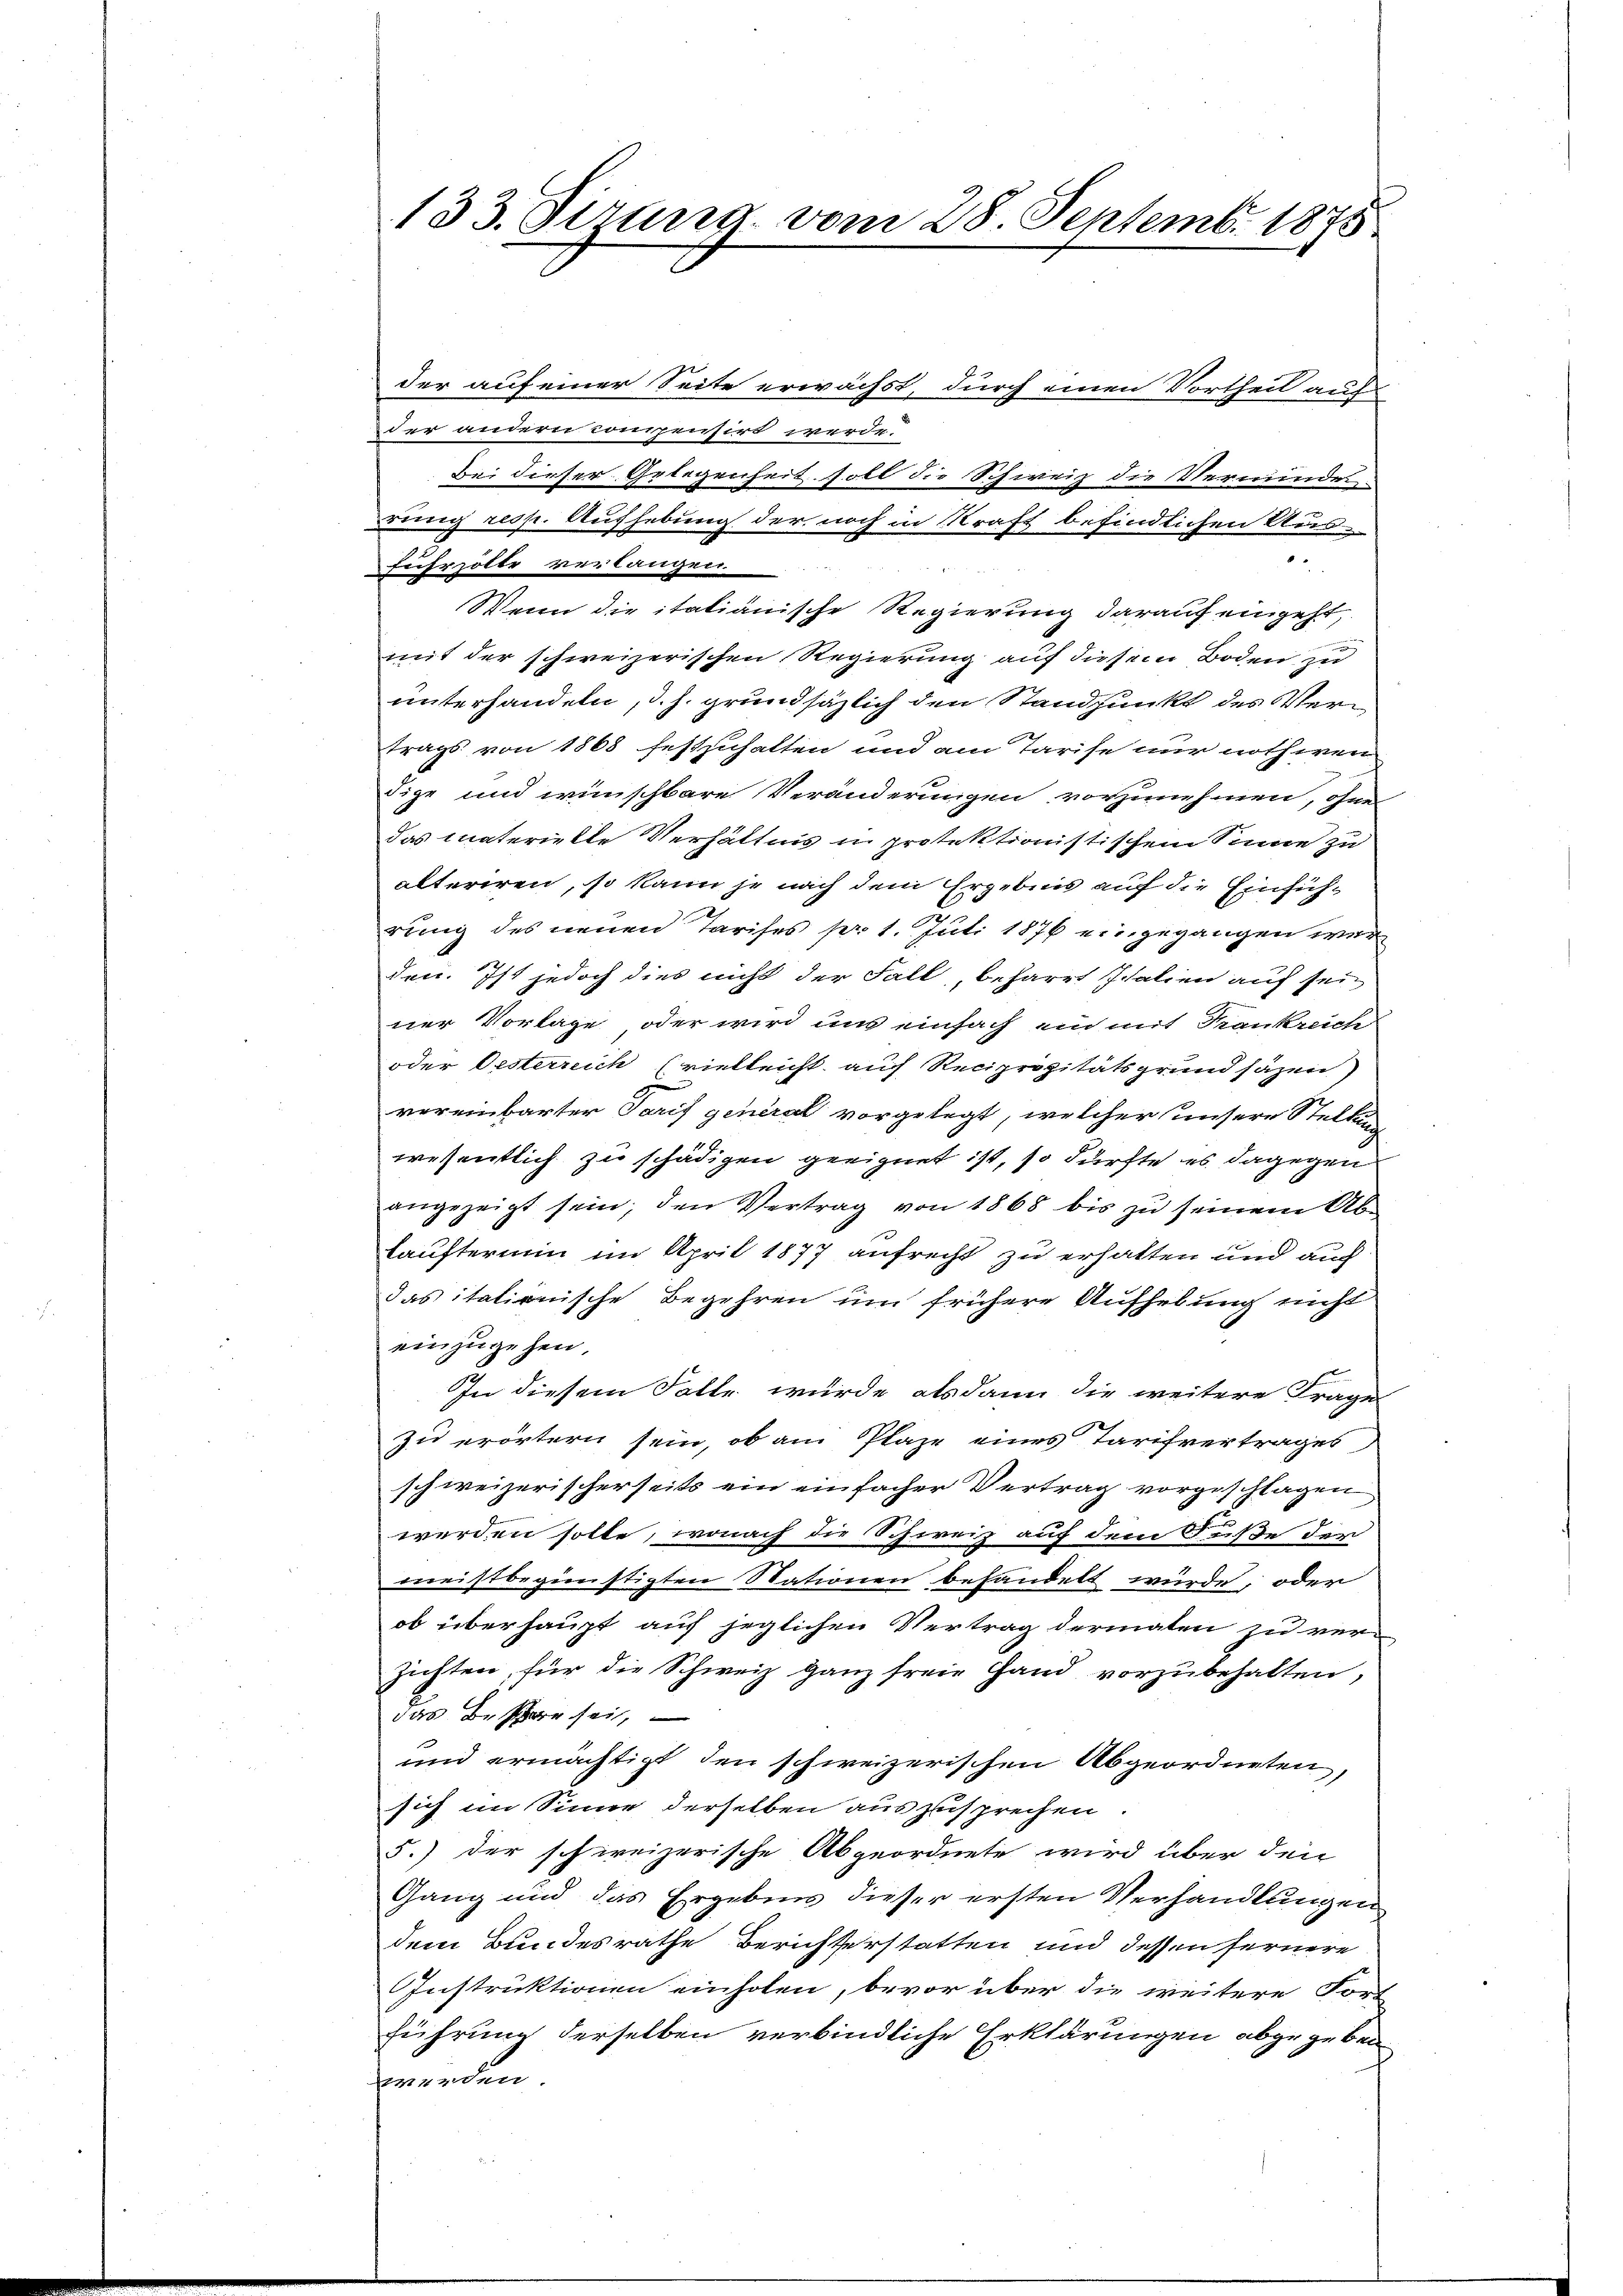
133. Sirung vom 28. Septemb. 1875

der auf einer Seite erwächst, durch einen Vortheil auf
der andern compensirt werde.
Bei dieser Griegenheit soll die Schweiz die Verminder-
rung resp. Aufhebung der noch in Kraft befindlichen Aus¬
8
fuhrzolte verlangen.
Wenn die italianische Regierung darauf eingeht,
mit der schweizerischen Regierung auf diesem Boden zu
unterhandeln, d.h. grundsäzlich den Standpunkt des Vertrags von 1868 festzuhalten und am Tarise nur nothwen-
Fige und wünschbare Veränderungen vorzunehmen, ohnen
Das materielle Verhältnis in protektionistischem Sinne zu
älteriren, so kann je nach dem Ergebnis auf die Einführung des neuen Tarifes pr. 1. Juli 1876 eingegangen war
den. Ist jedoch dies nicht der Fall, beharrt Italien auf sein
ner Vorlage oder wird und einfach ein mit Krankreich
oder Oesterreich (vielleicht auf Reciprozitätsgrund säzen)
vereinbarter Tarif general vorgelegt, welcher unsere Stellun
wesentlich zu schädigen geeignet ist, so dürfte es dagegen
angezeigt sein, den Vertrag von 1868 bis zu seinem Ab-
läuftermin im April 1877 aufrecht zu erhalten und auch
das italionische Begehren um frühere Aufhebung nicht
einzugehen.
In diesem Falle wurde alsdann die weitere Frage
Zu erörtern sein, ob am Plaze eines Tarifvertrages
schweizerischerseits ein einfacher Vertrag vorgeschlagen
werden solle, wonach die Schweiz auf dem Fuße der
meistbegünstigten Stationen behandelt würde, oder
ob überhaupt auf jeglichen Vertrag dermaten zu ver-
zichten, für die Schweiz ganz freie Hand vorzubehalten,
das Besare sei,
und ermächtigt den schweizerischen Abgeordneten,
sich im Sinne derselben auszusprechen
5.) der schweizerische Abgeordnete wird über den
Gang und das Ergebnis dieser ersten Verhandlungen
dem Bundesrathe Berichterstatten und dessen fernere
Instruktionen einholen, bevor über die weitere Fort
führung derselben verbindliche Erklärungen abgegeben
werden.